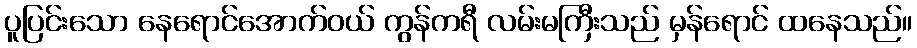
ပူပြင်းသော နေရောင်အောက်ဝယ် ကွန်ကရီ လမ်းမကြီးသည် မှန်ရောင် ထနေသည်။